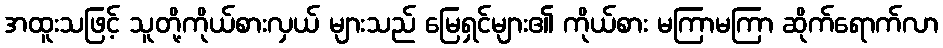
အထူးသဖြင့် သူတို့ကိုယ်စားလှယ် များသည် မြေရှင်များ၏ ကိုယ်စား မကြာမကြာ ဆိုက်ရောက်လာ